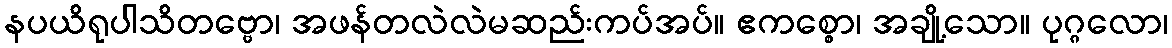
နပယိရုပါသိတဗ္ဗော၊ အဖန်တလဲလဲမဆည်းကပ်အပ်။ ဧကစ္စော၊ အချို့သော။ ပုဂ္ဂလော၊